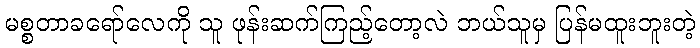
မစ္စတာခရော်လေကို သူ ဖုန်းဆက်ကြည့်တော့လဲ ဘယ်သူမှ ပြန်မထူးဘူးတဲ့